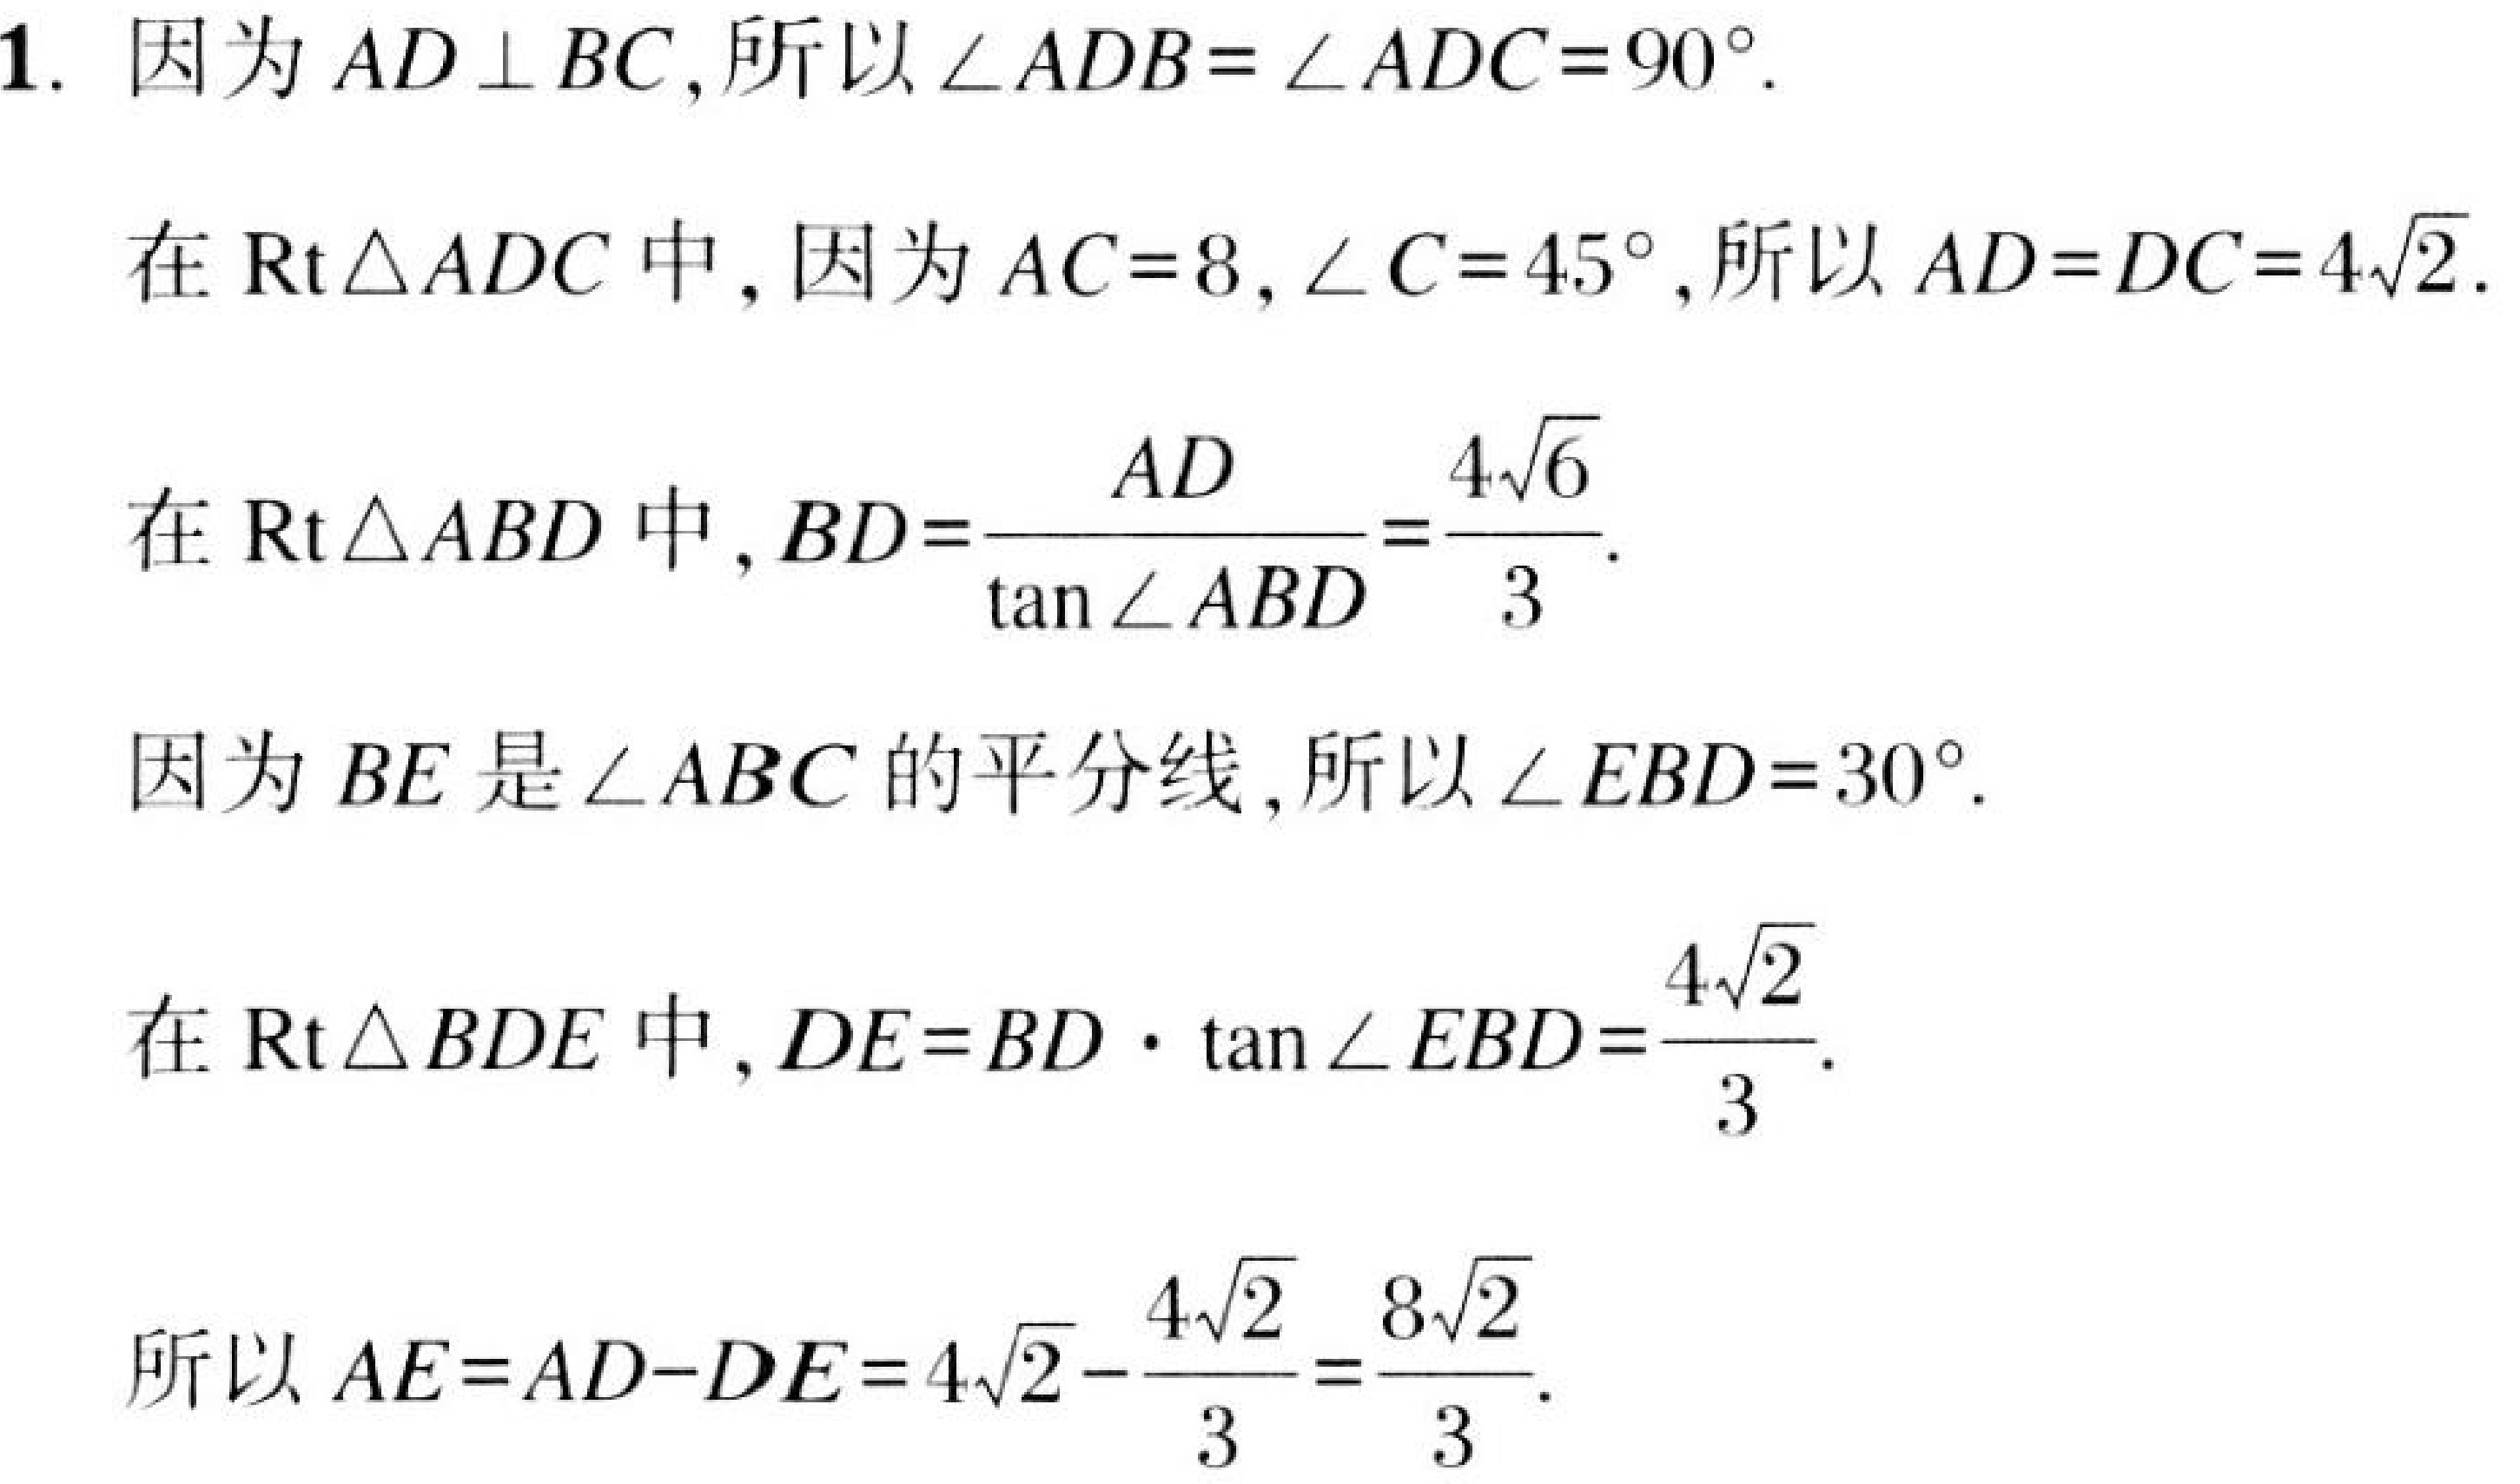
1. 因为\(AD\perp BC\),所以\(\angle ADB = \angle ADC = 90^{\circ}\).
在\(\text{Rt}\triangle ADC\)中,因为\(AC = 8,\angle C = 45^{\circ}\),所以\(AD = DC = 4\sqrt{2}\).
在\(\text{Rt}\triangle ABD\)中,\(BD=\frac{AD}{\tan\angle ABD}=\frac{4\sqrt{6}}{3}\).
因为\(BE\)是\(\angle ABC\)的平分线,所以\(\angle EBD = 30^{\circ}\).
在\(\text{Rt}\triangle BDE\)中,\(DE = BD\cdot\tan\angle EBD=\frac{4\sqrt{2}}{3}\).
所以\(AE = AD - DE = 4\sqrt{2}-\frac{4\sqrt{2}}{3}=\frac{8\sqrt{2}}{3}\).